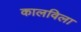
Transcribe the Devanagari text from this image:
कालविला